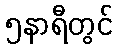
၅နာရီတွင်